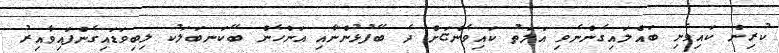
ކުރިން ކައިވެނި ބައްލައިގެންނެވި އަލަތު ކައިވެންޏަށް ދެ ބޭފުޅުންނާއި އަންހެން ބޭކަނބަލަކު ލިބިވަޑައިގެންފައިވާއިރު